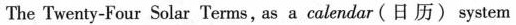
The Twenty-Four Solar Terms, as a calendar(日历)system